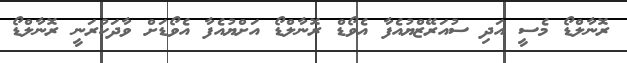
ރޮނާލްޑޯ މެސީ އަދި ސުއަރޭޒްޔުއެފާ އެވޯޑް ރޮނާލްޑޯ އަށްޔުއެފާ އެވޯޑަށް ވާދަކުރަނީ ރޮނާލްޑޯ